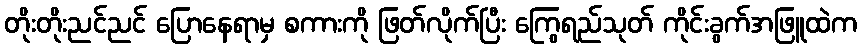
တိုးတိုးညင်ညင် ပြောနေရာမှ စကားကို ဖြတ်လိုက်ပြီး ကြွေရည်သုတ် ကိုင်းခွက်အဖြူထဲက